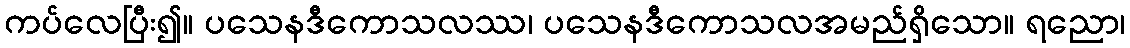
ကပ်လေပြီး၍။ ပသေနဒီကောသလဿ၊ ပသေနဒီကောသလအမည်ရှိသော။ ရညော၊